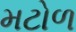
મટોળ